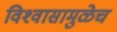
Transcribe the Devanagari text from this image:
विश्‍वासामुळेच